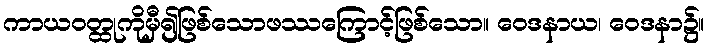
ကာယဝတ္ထုကိုမှီ၍ဖြစ်သောဖဿကြောင့်ဖြစ်သော။ ဝေဒနာယ၊ ဝေဒနာ၌။